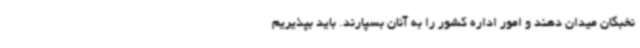
نخبگان میدان دهند و امور اداره کشور را به آنان بسپارند. باید بپذیریم